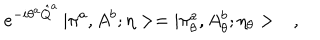
e ^ { - i \theta ^ { a } \hat { Q } ^ { a } } \, | \pi ^ { a } , A ^ { b } ; \eta > = | \pi _ { \theta } ^ { a } , A _ { \theta } ^ { b } ; \eta _ { \theta } > \ \ \ ,